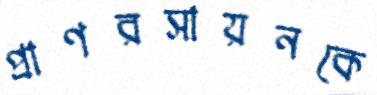
প্রাণরসায়নকে